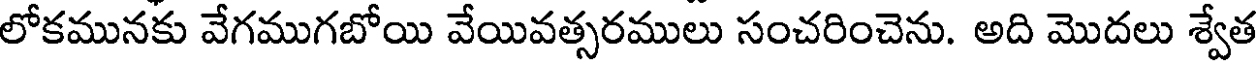
లోకమునకు వేగముగబోయి వేయివత్సరములు సంచరించెను. అది మొదలు శ్వేత